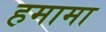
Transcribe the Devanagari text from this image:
हमामा